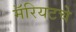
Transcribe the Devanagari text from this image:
मॅरियटचे